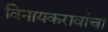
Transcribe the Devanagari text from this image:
विनायकरावांचा